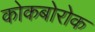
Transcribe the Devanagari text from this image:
कोकबोरोक